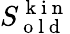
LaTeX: S_{\mathrm{~o~l~d~}}^{\mathrm{~k~i~n~}}